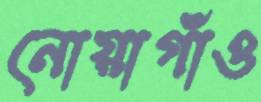
নোয়াগাঁও